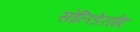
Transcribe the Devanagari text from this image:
सोलिडेराईट